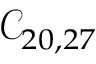
\mathcal { C } _ { 2 0 , 2 7 }